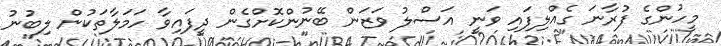
މީހުންގެ ފުރާނަ ގެއްލިފައި ވަނީ އަސްލު ވަޒަން ބޭނުންކޮށްގެން ދީފައިވާ ހަމަލާތަކުން ލިބުނު